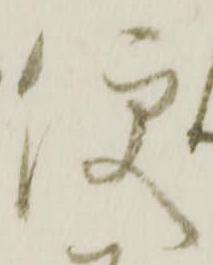
便